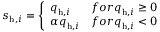
s _ { \mathrm { h } , i } = \left\{ \begin{array} { l l } { q _ { \mathrm { h } , i } } & { f o r q _ { \mathrm { h } , i } \ge 0 } \\ { \alpha q _ { \mathrm { h } , i } } & { f o r q _ { \mathrm { h } , i } < 0 } \end{array} \right.